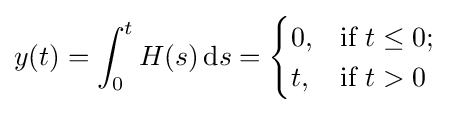
y(t)=\int _{0}^{t}H(s)\,\mathrm {d} s={\begin{cases}0,&{\text{if }}t\leq 0;\\t,&{\text{if }}t>0\end{cases}}